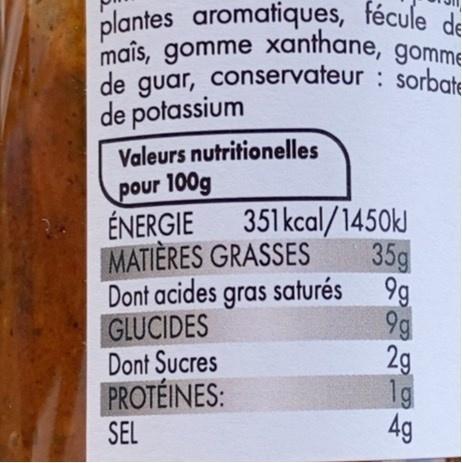
plantes aromatiques, fécule de maîs, gomme xanthane, gomme de guar, conservateur : sorbate de potassium
Valeurs nutritionelles
pour 100g ÉNERGIE MATIÈRES GRASSES Dont acides gras saturés GLUCIDES Dont Sucres PROTÉINES: SEL
351 kcal/1450k 35g 9g
2g 1g 4g